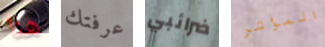
هنا عرفتك ضرائبي المؤشر